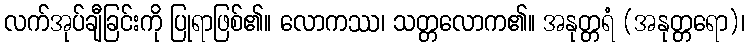
လက်အုပ်ချီခြင်းကို ပြုရာဖြစ်၏။ လောကဿ၊ သတ္တလောက၏။ အနုတ္တရံ (အနုတ္တရော)၊